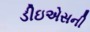
ડીઇએસની